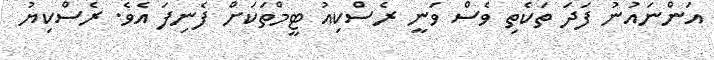
އަންނައުނު ފަދަ ތަކެތި ވެސް ވަނީ ރެސްކިއު ޓީމްތަކަށް ފެނިފަ އެވެ. ރެސްކިޔު